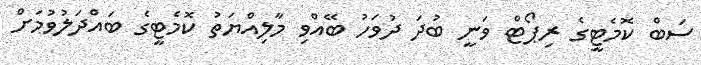
ސަބް ކޮމެޓީގެ ރިޕޯޓް ވަނީ ބުދަ ދުވަހު ބޭއްވި މާލިއްޔަތު ކޮމެޓީގެ ބައްދަލުވުމަށް